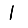
Digit: 1